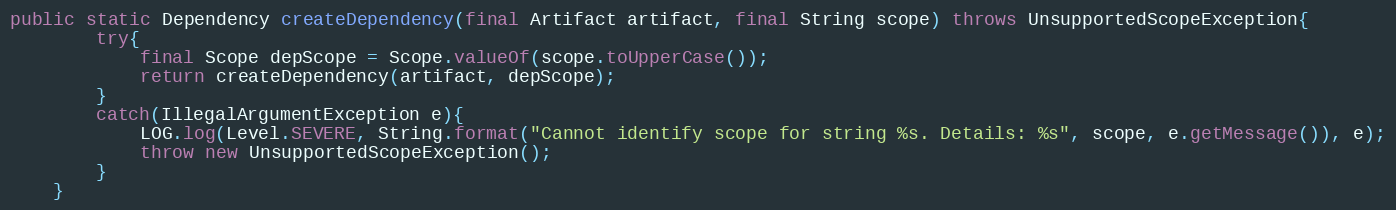
Language: Java
public static Dependency createDependency(final Artifact artifact, final String scope) throws UnsupportedScopeException{
        try{
            final Scope depScope = Scope.valueOf(scope.toUpperCase());
            return createDependency(artifact, depScope);
        }
        catch(IllegalArgumentException e){
			LOG.log(Level.SEVERE, String.format("Cannot identify scope for string %s. Details: %s", scope, e.getMessage()), e);
            throw new UnsupportedScopeException();
        }
	}